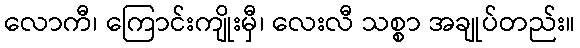
လောကီ၊ ကြောင်းကျိုးမှီ၊ လေးလီ သစ္စာ အချုပ်တည်း။